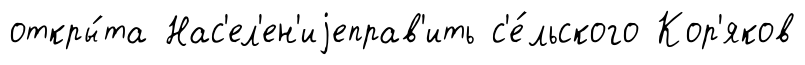
откры́та Нас'ел'ен'иjеправ'ить с'е́льского Кор'яков